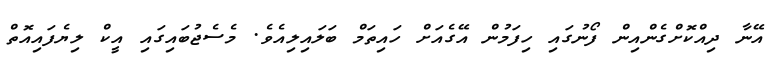
އޭނާ ދިއްކޮށްގެންއިން ފޯނުގައި ހިފަމުން އޭގެއަށް ހައިތަމް ބަލައިލިއެވެ. މެސެޖުބައިގައި އީކް ލިޔެފައިއޮތް